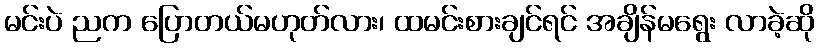
မင်းပဲ ညက ပြောတယ်မဟုတ်လား၊ ထမင်းစားချင်ရင် အချိန်မရွေး လာခဲ့ဆို